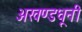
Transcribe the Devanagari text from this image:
अखण्डधूनी